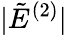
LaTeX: |\tilde{E}^{(2)}|